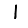
Digit: 1